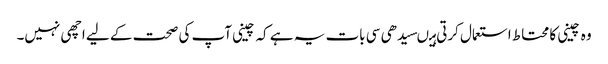
وہ چینی کا محتاط استعمال کرتی ہیںسیدھی سی بات یہ ہے کہ چینی آپ کی صحت کے لیے اچھی نہیں۔